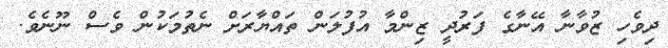
ދިވެހި ޒުވާނާ އޭނާގެ ފަރުދީ ޒިންމާ އުފުލަން ތައްޔާރަށް ނެތުމަކުން ވެސް ނޫނެވެ.